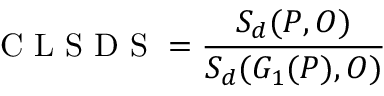
\textrm { C L S D S } = \frac { S _ { d } ( P , O ) } { S _ { d } ( G _ { 1 } ( P ) , O ) }